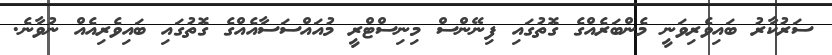
ސަރުކާރު ބައިވެރިވަނީ މެންބަރެއްގެ ގޮތުގައި ފިނޭންސް މިނިސްޓްރީ މުުއައްސަސާއެއްގެ ގޮތުގައި ބައިވެރިއެއް ނުވާނެ.